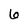
Character: 6